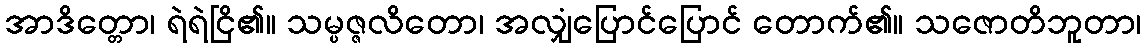
အာဒိတ္တော၊ ရဲရဲငြိ၏။ သမ္ပဇ္ဇလိတော၊ အလျှံပြောင်ပြောင် တောက်၏။ သဇောတိဘူတာ၊